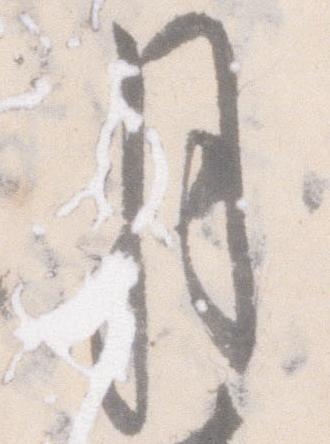
月